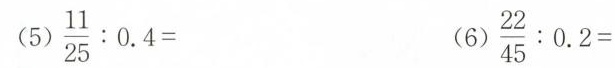
$$\frac { 11 } { 25 } : 0.4 =$$ $$\frac { 22 } { 45 } : 0.2 =$$